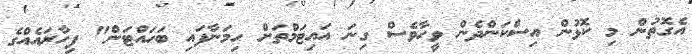
އެގޮތުން މި ކޮޅުން އިސްކަންދެން ވީހާވެސް ގިނަ އައިޓަމްތަށް ހިމަނާފައި ބަހައްޓަން" ފިހާރައެއްގެ